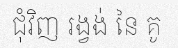
ជុំវិញ រង្វង់ នៃ គូ